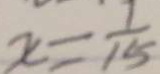
x = \frac { 1 } { 1 5 }